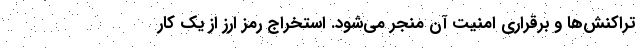
تراکنش‌ها و برقراری امنیت آن منجر می‌شود. استخراج رمز ارز از یک کار